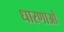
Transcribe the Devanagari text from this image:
धारणाओ